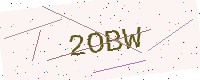
Text: 2OBW